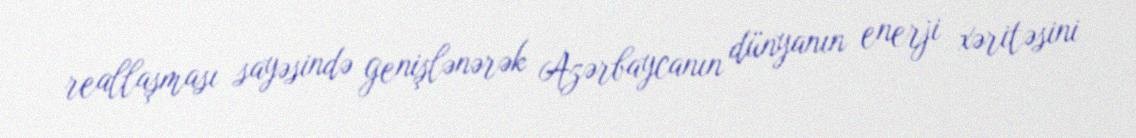
reallaşması sayəsində genişlənərək Azərbaycanın dünyanın enerji xəritəsini